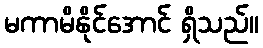
မကာမိနိုင်အောင် ရှိသည်။